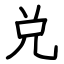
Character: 兑